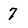
Character: 7